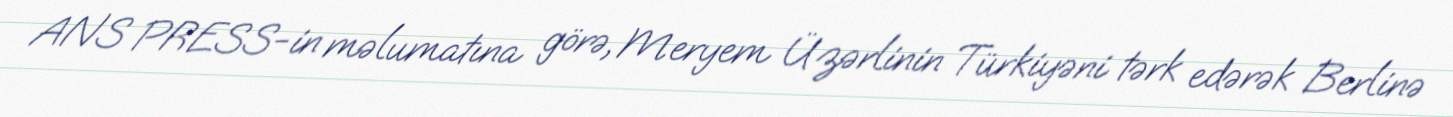
ANS PRESS-in məlumatına görə, Meryem Üzərlinin Türkiyəni tərk edərək Berlinə